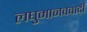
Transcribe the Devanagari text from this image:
लघुमानववादी